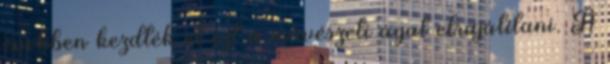
években kezdték el ezt a művészeti ágat elsajátítani. A